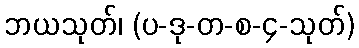
ဘယသုတ်၊ (ပ-ဒု-တ-စ-၄-သုတ်)